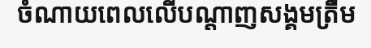
ចំណាយពេលលើបណ្តាញសង្គមត្រឹម